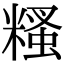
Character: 糔